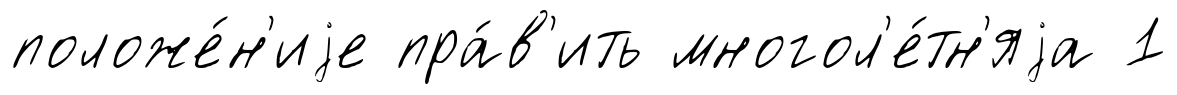
положе́н'иjе пра́в'ить многол'е́тн'яjа 1